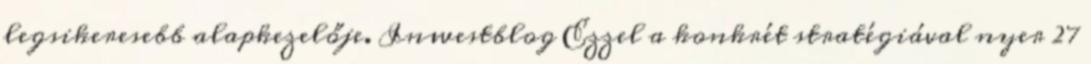
legsikeresebb alapkezelője. Inwestblog Ezzel a konkrét stratégiával nyer 27